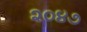
૨૦૪૭